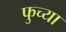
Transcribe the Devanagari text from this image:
फुच्या